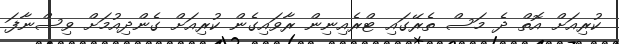
ކުރިއަށް އޮތް ދެ މަސް ތެރޭގައި ޓްރެއިނިން ރާވައިގެން ކުރިއަށް ގެންދިއުމަށް ވިސްނާފަ